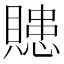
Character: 贃